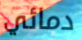
دمائي